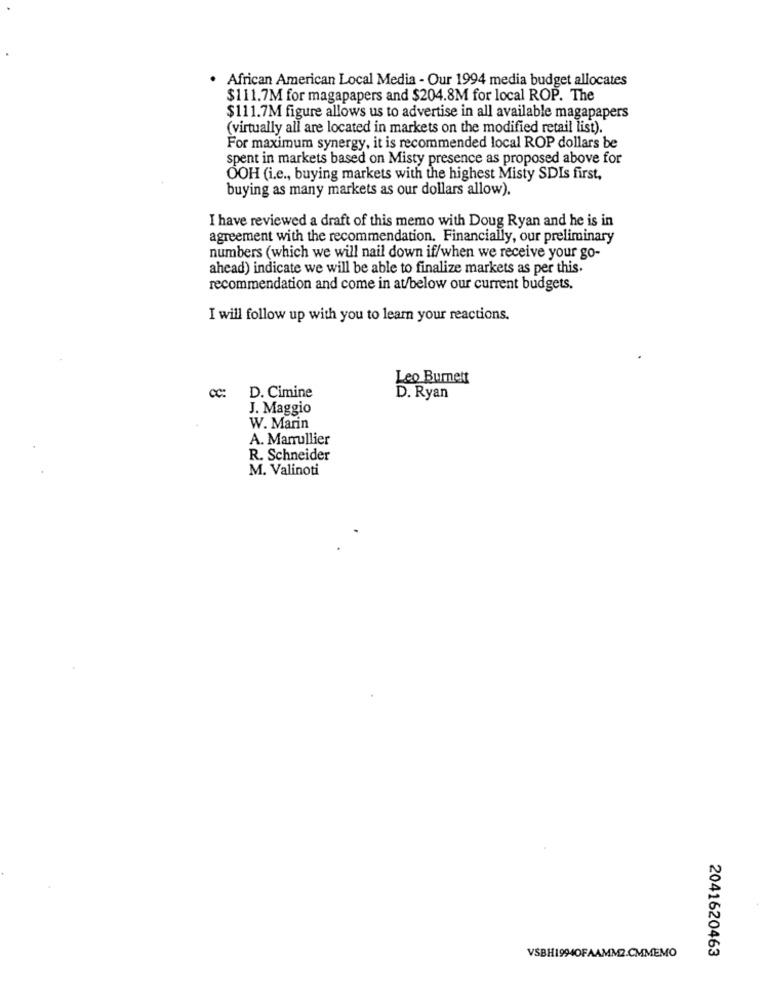
·African American Local Media - Our 1994 media budget allocates
$111.7M for magapapers and $204.8M for local ROP. The
$111.7M figure allows us to advertise in all available magapapers
(virtually all are located in markets on the modified retail list).
For maximum synergy, it is recommended local ROP dollars be
spent in markets based on Misty presence as proposed above for
OOH (i.e ., buying markets with the highest Misty SDIs first,
buying as many markets as our dollars allow).
I have reviewed a draft of this memo with Doug Ryan and he is in
agreement with the recommendation. Financially, our preliminary
numbers (which we will nail down if/when we receive your go-
ahead) indicate we will be able to finalize markets as per this.
recommendation and come in at/below our current budgets.
I will follow up with you to learn your reactions.
Leo Burnett
D. Cimine
D. Ryan
J. Maggio
W. Marin
A. Marrullier
R. Schneider
M. Valinoti
2041620463
VSBH19940FAAMM2.CMMEMO